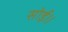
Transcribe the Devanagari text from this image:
सोई॥